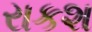
રાકશ